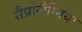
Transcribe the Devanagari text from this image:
सैप्रोलैग्निया